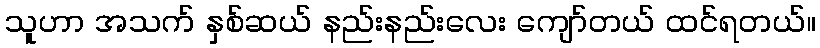
သူဟာ အသက် နှစ်ဆယ် နည်းနည်းလေး ကျော်တယ် ထင်ရတယ်။